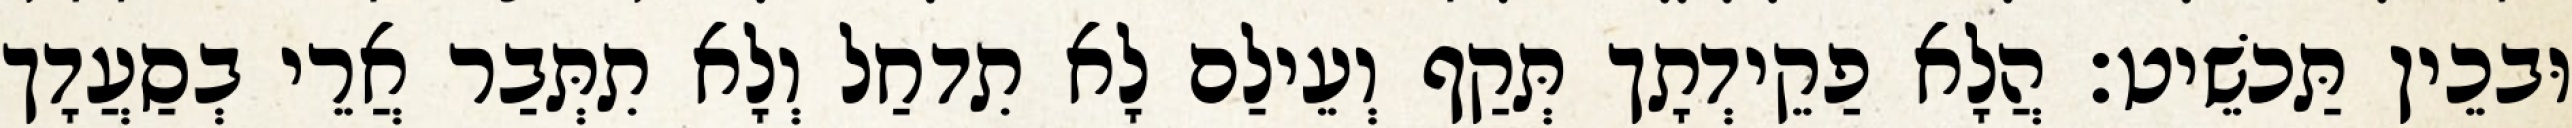
וּבכֵין תַּכשֵׁיט׃ הֲלָא פַקֵידְתָך תְּקַף וְעֵילַם לָא תִדחַל וְלָא תִתְּבַר אֲרֵי בְסַעֲדָך